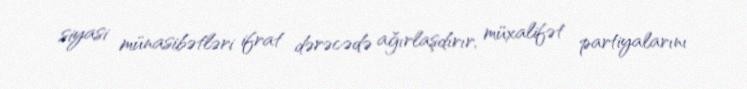
siyasi münasibətləri ifrat dərəcədə ağırlaşdırır, müxalifət partiyalarını